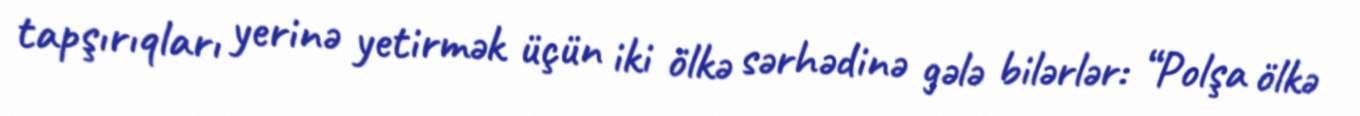
tapşırıqları yerinə yetirmək üçün iki ölkə sərhədinə gələ bilərlər: “Polşa ölkə